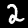
Label: 2